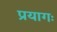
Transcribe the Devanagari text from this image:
प्रयागः